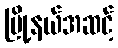
မြို့နယ်အဆင့်